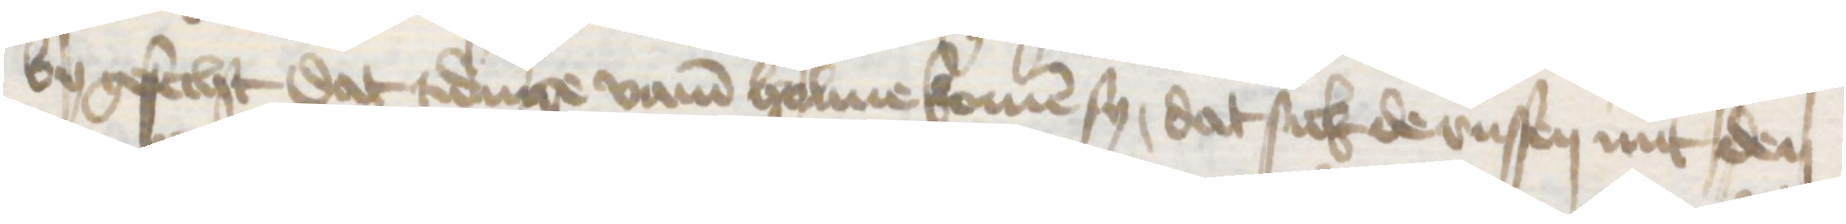
by gesecht dat tidinge vam Holme komen sy, dat sick de russen mit den